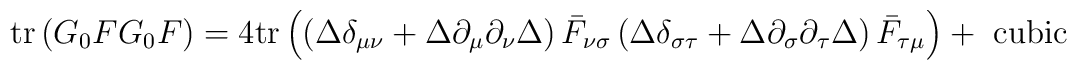
\mathrm{tr}\left(G_0FG_0F\right)=4\mathrm{tr}\left(\left(\Delta\delta_	{\mu\nu}+\Delta\partial_\mu\partial_\nu\Delta\right)\bar{F}_{\nu\sigma}	\left(\Delta\delta_{\sigma\tau}+\Delta\partial_\sigma\partial_\tau	\Delta\right)\bar{F}_{\tau\mu}\right)+\textrm{ cubic}